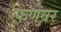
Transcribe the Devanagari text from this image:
फणेवर